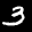
Label: 3